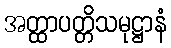
အတ္ထာပတ္တိသမုဋ္ဌာနံ